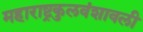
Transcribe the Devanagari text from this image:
महाराष्ट्रकुलवंशावली